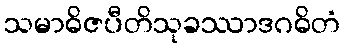
သမာဓိဇပီတိသုခဿာဒဂဓိတံ